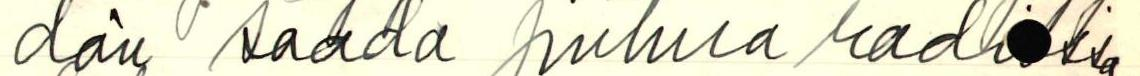
dän saada puhua radi ssa